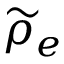
{ \widetilde \rho } _ { e }